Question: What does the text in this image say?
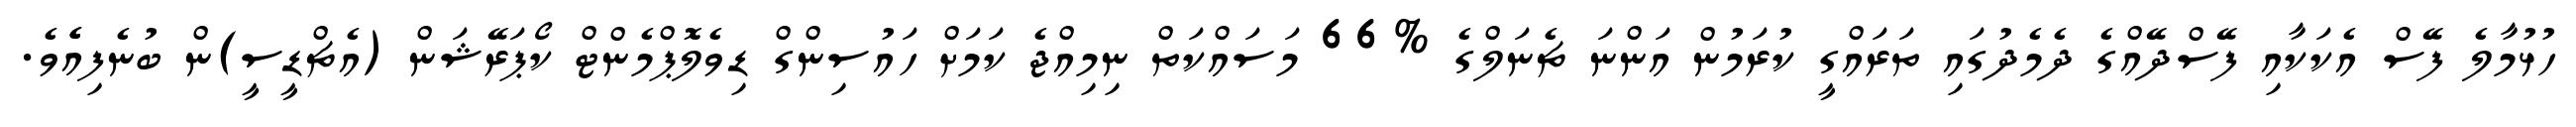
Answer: ހުޅުމާލެ ފޭސް އެކަކާއި ފޭސްދޭއްގެ ދެމެދުގައި ތަރައްގީ ކުރަމުން އަންނަ ޗެނަލްގެ %66 މަސައްކަތް ނިމިއްޖެ ކަމަށް ހައުސިންގް ޑިވެލޮޕްމެންޓް ކޯޕަރޭޝަން (އެޗްޑީސީ)ން ބުނެފިއެެވެ.